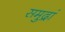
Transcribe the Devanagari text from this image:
समुद्रां